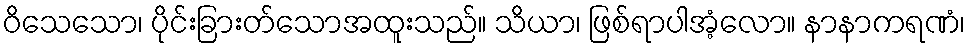
ဝိသေသော၊ ပိုင်းခြားတ်သောအထူးသည်။ သိယာ၊ ဖြစ်ရာပါအံ့လော။ နာနာကရဏံ၊